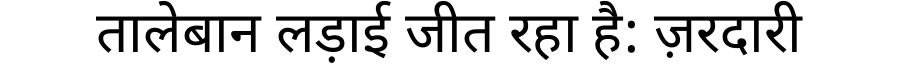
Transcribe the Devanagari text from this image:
तालेबान लड़ाई जीत रहा है: ज़रदारी